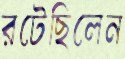
রটেছিলেন